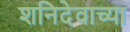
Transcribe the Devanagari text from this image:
शनिदेवाच्या